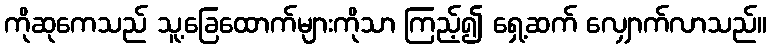
ကိုဆုကေသည် သူ့ခြေထောက်များကိုသာ ကြည့်၍ ရှေ့ဆက် လျှောက်လာသည်။